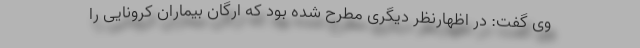
وی گفت: در اظهارنظر دیگری مطرح شده بود که ارگان بیماران کرونایی را